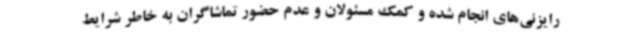
رایزنی‌های انجام شده و کمک مسئولان و عدم حضور تماشاگران به خاطر شرایط